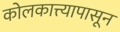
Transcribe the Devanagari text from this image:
कोलकात्त्यापासून